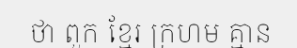
ថា ពួក ខ្មែរ ក្រហម គ្មាន